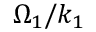
\Omega _ { 1 } / k _ { 1 }